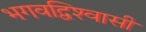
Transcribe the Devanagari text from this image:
भगवद्विश्‍वासी